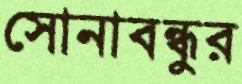
সোনাবন্ধুর